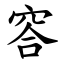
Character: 䆟